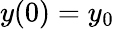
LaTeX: y(0)=y_{0}